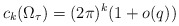
\begin{align*} c_k(\Omega_{\tau})=(2\pi)^k(1 +o(q)) \end{align*}